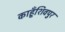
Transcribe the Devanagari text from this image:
काहूँशिवपुर